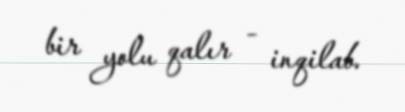
bir yolu qalır - inqilab.